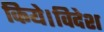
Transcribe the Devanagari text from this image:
किये।विदेश